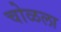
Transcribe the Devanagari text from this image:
चोळला